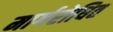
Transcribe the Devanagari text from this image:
मार्गरोधित